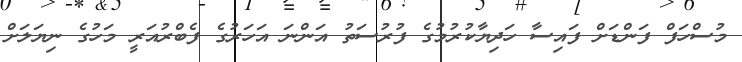
މުސްހަފް ފަންޑަށް ފައިސާ ހަދިޔާކުރުމުގެ ފުރުސަތު އަންނަ އަހަރުގެ ފެބްރުއަރީ މަހުގެ ނިޔަލަށް